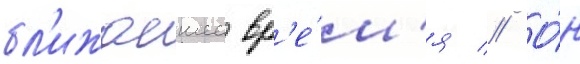
бл'ижаишее вр'е́м'я // О́н